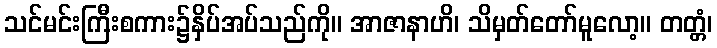
သင်မင်းကြီးစကား၌နှိပ်အပ်သည်ကို။ အာဇာနာဟိ၊ သိမှတ်တော်မူလော့။ တတ္တံ၊